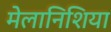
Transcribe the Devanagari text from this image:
मेलानिशिया